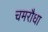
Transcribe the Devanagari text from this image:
चमरौधा